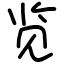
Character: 览